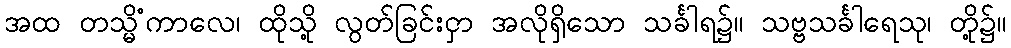
အထ တသ္မိံကာလေ၊ ထိုသို့ လွတ်ခြင်းငှာ အလိုရှိသော သင်္ခါရ၌။ သဗ္ဗသင်္ခါရေသု၊ တို့၌။